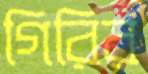
গিরির